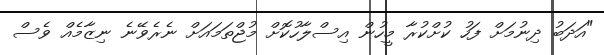
"އަދަބު ދިނުމަށް ފަހު ކުށްކުރާ މީހުން އިސްލާހުކޮށް މުޖްތަމައަށް ނެރެވޭނެ ނިޒާމެއް ވެސް